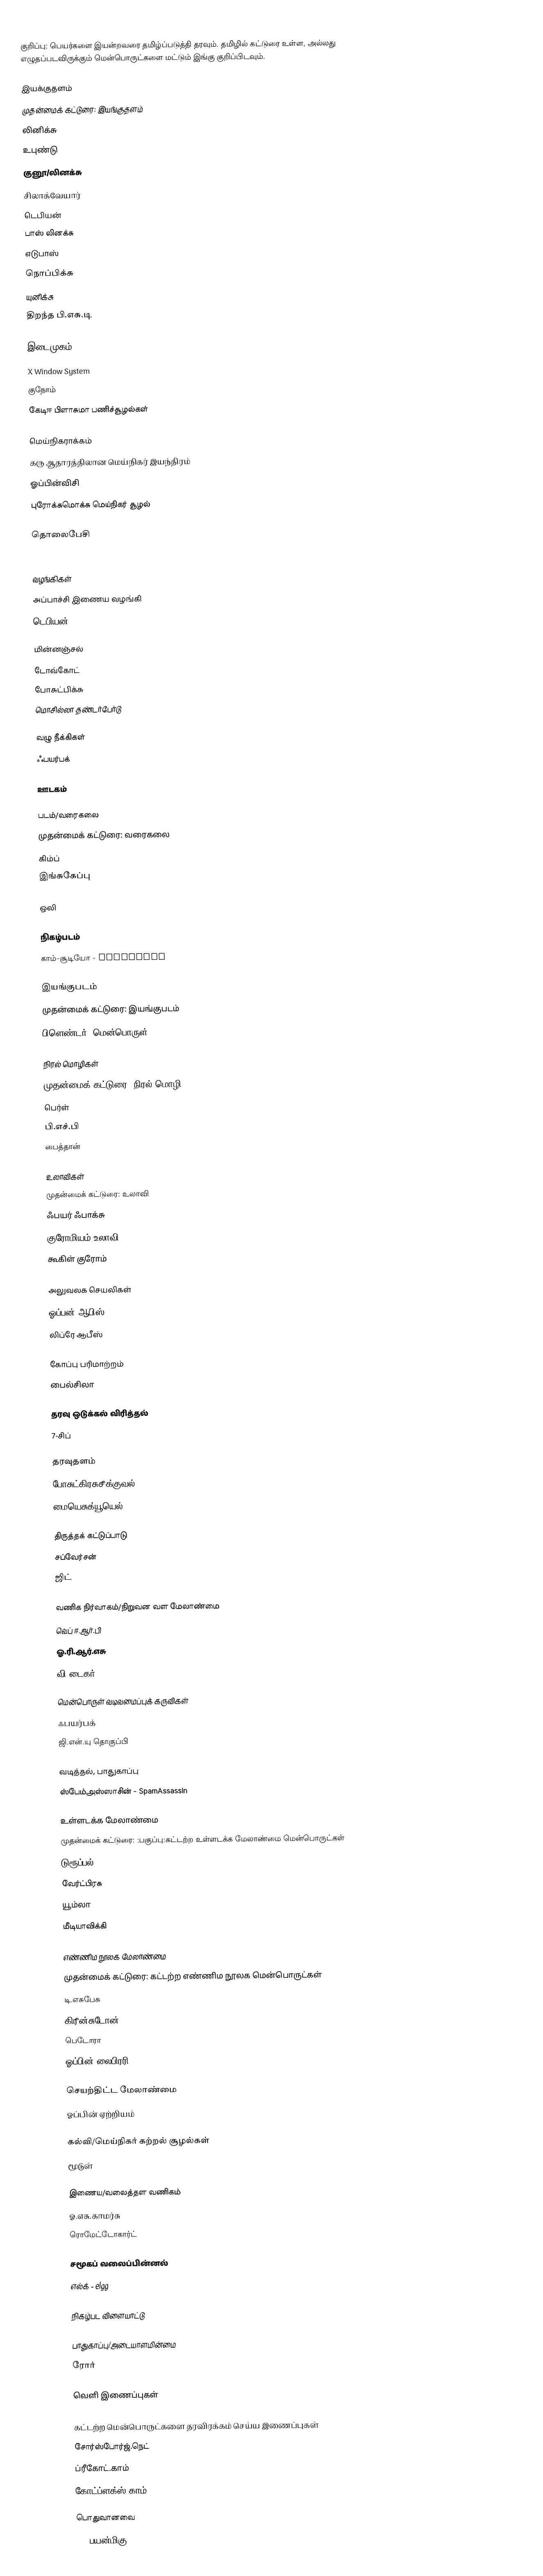
குறிப்பு: பெயர்களை இயன்றவரை தமிழ்ப்படுத்தி தரவும்.  தமிழில் கட்டுரை உள்ள, அல்லது எழுதப்படவிருக்கும் மென்பொருட்களை மட்டும் இங்கு குறிப்பிடவும்.

இயக்குதளம்
முதன்மைக் கட்டுரை: இயங்குதளம்
 லினிக்சு
 உபுண்டு
 குனூ/லினக்சு
 சிலாக்வேயார்
 டெபியன்
 பாஸ் லினக்சு
 எடுபாஸ்
 நொப்பிக்சு
 யுனிக்சு
 திறந்த பி.எசு.டி

இடைமுகம்
 X Window System
 குநோம்
 கேடிஈ பிளாசுமா பணிச்சூழல்கள்

மெய்நிகராக்கம்
 கரு ஆதாரத்திலான மெய்நிகர் இயந்திரம்
 ஓப்பின்விசி
 புரோக்சுமொக்சு மெய்நிகர் சூழல்

தொலைபேசி
 Asterisk (PBX)

வழங்கிகள்
 அப்பாச்சி இணைய வழங்கி
 டெபியன்

மின்னஞ்சல்
 டோவ்கோட்
 போசுட்பிக்சு
 மொசில்லா தண்டர்பேர்டு

வழு நீக்கிகள்
 ஃபயர்பக்

ஊடகம்

படம்/வரைகலை
முதன்மைக் கட்டுரை: வரைகலை
 கிம்ப்
 இங்சுகேப்பு

ஒலி

நிகழ்படம்
 காம்-சூடியோ - Camstudio

இயங்குபடம்
முதன்மைக் கட்டுரை: இயங்குபடம்
 பிளெண்டர் (மென்பொருள்)

நிரல் மொழிகள்
முதன்மைக் கட்டுரை: நிரல் மொழி
 பெர்ள்
 பி.எச்.பி
 பைத்தான்

உலாவிகள்
முதன்மைக் கட்டுரை: உலாவி
 ஃபயர் ஃபாக்சு
 குரோமியம் உலாவி
 கூகிள் குரோம்

அலுவலக செயலிகள்
 ஓப்பன் ஆபிஸ்
லிப்ரே ஆபீஸ்

கோப்பு பரிமாற்றம்
 பைல்சிலா

தரவு ஒடுக்கல் விரித்தல்
 7-சிப்

தரவுதளம்
 போசுட்கிரசுசீக்குவல் - PostgreSQL
 மையெசுக்யூயெல்

திருத்தக் கட்டுப்பாடு
 சப்வேர்சன்
 ஜிட்

வணிக நிர்வாகம்/நிறுவன வள மேலாண்மை
 வெப் ஈ.ஆர்.பி
 ஓ.ரி.ஆர்.எசு
 வி டைகர்

மென்பொருள் வடிவமைப்புக் கருவிகள்
 ஃபயர்பக்
 ஜி.என்.யு தொகுப்பி

வடித்தல், பாதுகாப்பு
 ஸ்பேம்அஸ்ஸாசின் - SpamAssassin

உள்ளடக்க மேலாண்மை
முதன்மைக் கட்டுரை: :பகுப்பு:கட்டற்ற உள்ளடக்க மேலாண்மை மென்பொருட்கள்
 டுரூப்பல்
 வேர்ட்பிரசு
 யூம்லா
 மீடியாவிக்கி

எண்ணிம நூலக மேலாண்மை
முதன்மைக் கட்டுரை: கட்டற்ற எண்ணிம நூலக மென்பொருட்கள்
 டி.எசுபேசு
 கிரீன்சுடோன்
 பெடோரா
 ஓப்பின் லைபிரரி

செயற்திட்ட மேலாண்மை
 ஓப்பின் ஏற்றியம்

கல்வி/மெய்நிகர் கற்றல் சூழல்கள்
 மூடுள்

இணைய/வலைத்தள வணிகம்
 ஓ.எசு.காமர்சு
 ரொமேட்டோகார்ட்

சமூகப் வலைப்பின்னல்
 எல்க் - elgg

நிகழ்பட விளையாட்டு

பாதுகாப்பு/அடையாளமின்மை
 ரோர்

வெளி இணைப்புகள்

கட்டற்ற மென்பொருட்களை தரவிரக்கம் செய்ய இணைப்புகள்
 சோர்ஸ்போர்ஜ்.நெட்
 ப்ரீகோட்.காம்
 கோட்ப்ளக்ஸ்.காம்

பொதுவானவை
 100 பயன்மிகு